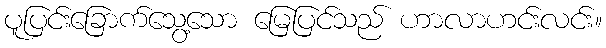
ပူပြင်းခြောက်သွေ့သော မြေပြင်သည် ဟာလာဟင်းလင်း။